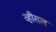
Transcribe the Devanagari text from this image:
व्हीसल